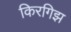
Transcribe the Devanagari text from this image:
किरगिझ